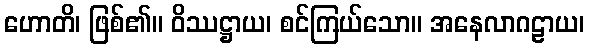
ဟောတိ၊ ဖြစ်၏။ ဝိဿဋ္ဌာယ၊ စင်ကြယ်သော။ အနေလာဂဠာယ၊